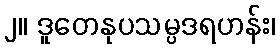
၂။ ဒူတေနုပသမ္ပဒရဟန်း၊